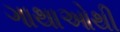
ગાથાઓથી